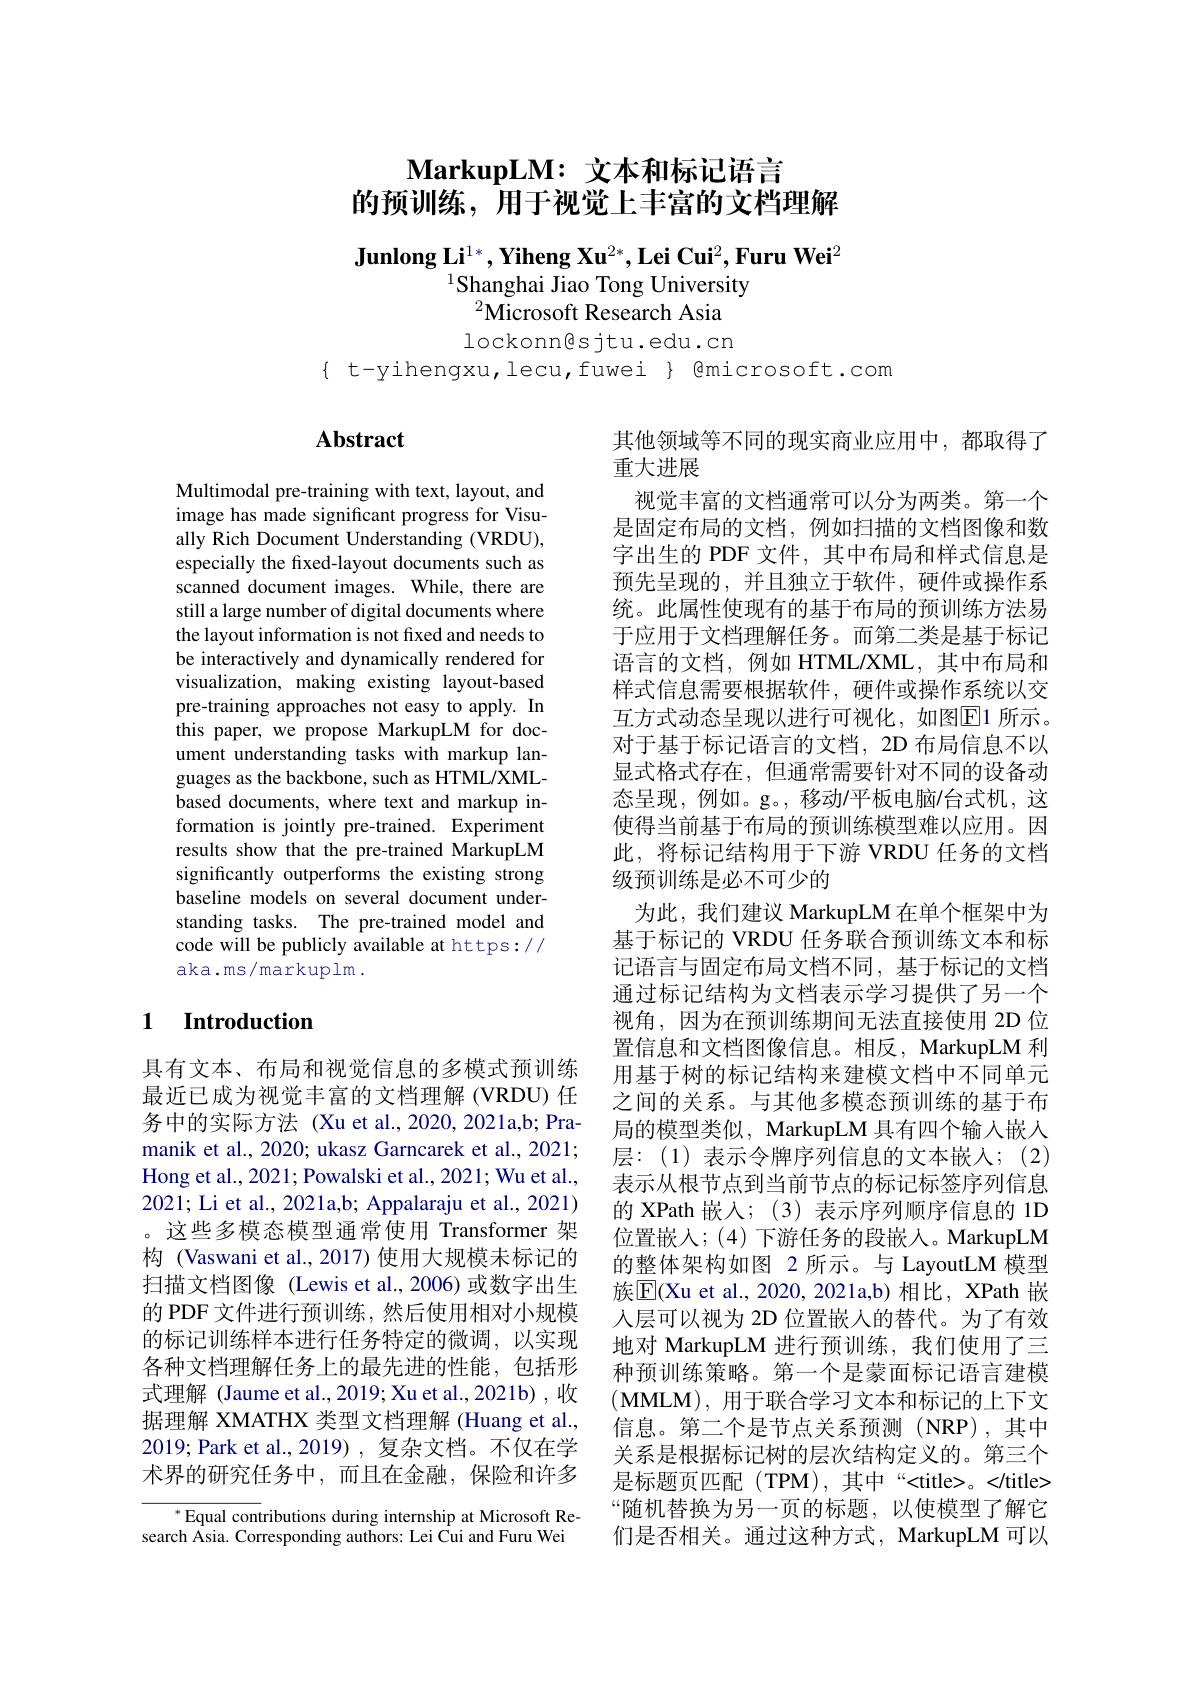
# $\textbf{MarkupLM: 文 本 和 标 记 语 言 }$ 的预训练，用于视觉上丰富的文档理解

$\textbf{Junlong Li}^{1*},\textbf{Yiheng Xu}^{2*},\textbf{Lei Cui}^{2},\textbf{Furu Wei}^{2}$
$^{1}$Shanghai Jiao Tong University
$^{2}$Microsoft Research Asia lockonngsjtu.edu.cn

$\{$ t-yihengxu,lecu,fuwei $\}$ @microsoft.com

# Abstract

Multimodal pre-training with text, layout, and image has made significant progress for Visually Rich Document Understanding (VRDU), especially the frxed-layout documents such as scanned document images. While, there are still a large number of digital documents where the layout information is not fixed and needs to be interactively and dynamically rendered for visualization, making existing layout-based pre-training approaches not easy to apply. In this paper, we propose MarkupLM for document understanding tasks with markup languages as the backbone, such as HTML/XMLbased documents, where text and markup information is jointly pre-trained. Experiment results show that the pre-trained MarkupLM significantly outperforms the existing strong baseline models on several document understanding tasks. The pre-trained model and code will be publicly available at https:// aka.ms/markuplm .

### 1 $\textbf{Introduction}$

具有文本、布局和视觉信息的多模式预训练最近已成为视觉丰富的文档理解(VRDU) 任务中的实际方法 (Xu et al.,2020,2021a,b; Pramanik et al., 2020; ukasz Garncarek et al., 2021; Hong et al., 2021; Powalski et al., 2021; Wu et al., 2021; Li et al., 2021a,b; Appalaraju et al., 2021) 。这些多模态模型通常使用 Transformer 架构 (Vaswani et al., 2017) 使用大规模未标记的扫描文档图像 (Lewis et al.,2006)或数字出生的 PDF 文件进行预训练，然后使用相对小规模的标记训练样本进行任务特定的微调，以实现各种文档理解任务上的最先进的性能，包括形式理解 (Jaume et al.,2019; Xu et al., 2021b) , 收据理解 XMATHX 类型文档理解 (Huang et al., 2019; Park et al., 2019), 复杂文档。不仅在学术界的研究任务中，而且在金融，保险和许多

$^{*}$Equal contributions during internship at Microsoft Research Asia. Corresponding authors: Lei Cui and Furu Wei

其他领域等不同的现实商业应用中，都取得了
重大进展
视觉丰富的文档通常可以分为两类。第一个是固定布局的文档，例如扫描的文档图像和数字出生的 PDF 文件，其中布局和样式信息是预先呈现的，并且独立于软件，硬件或操作系统。此属性使现有的基于布局的预训练方法易于应用于文档理解任务。而第二类是基于标记语言的文档，例如 HTML/XML,其中布局和样式信息需要根据软件，硬件或操作系统以交互方式动态呈现以进行可视化，如图$\overline{\mathrm{E}}$1 所示。对于基于标记语言的文档，2D 布局信息不以显式格式存在，但通常需要针对不同的设备动态呈现，例如。g。,移动/平板电脑/台式机，这使得当前基于布局的预训练模型难以应用。因此，将标记结构用于下游 VRDU 任务的文档级预训练是必不可少的
为此，我们建议 MarkupLM 在单个框架中为基于标记的 VRDU 任务联合预训练文本和标记语言与固定布局文档不同，基于标记的文档通过标记结构为文档表示学习提供了另一个视角，因为在预训练期间无法直接使用 2D 位置信息和文档图像信息。相反，MarkupLM 利用基于树的标记结构来建模文档中不同单元之间的关系。与其他多模态预训练的基于布局的模型类似，MarkupLM 具有四个输入嵌人层：(1)表示令牌序列信息的文本嵌入；(2) 表示从根节点到当前节点的标记标签序列信息的 XPath 嵌入；(3)表示序列顺序信息的 1D 位置嵌人；(4) 下游任务的段嵌入。MarkupLM 的整体架构如图 2 所示。与 LayoutLM 模型族$\overline{\mathrm{E}}($Xu et al., 2020, 2021a,b) 相比，XPath 嵌入层可以视为 2D 位置嵌入的替代。为了有效地对 MarkupLM 进行预训练，我们使用了三种预训练策略。第一个是蒙面标记语言建模$(\mathbf{MMLM})$,用于联合学习文本和标记的上下文信息。第二个是节点关系预测(NRP),其中关系是根据标记树的层次结构定义的。第三个是标题页匹配(TPM),其中“<title>。</title> “随机替换为另一页的标题，以使模型了解它们是否相关。通过这种方式，MarkupLM 可以